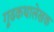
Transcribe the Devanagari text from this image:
गूढकथालेखक